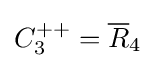
C_{3}^{++}={\overline {R}}_{4}